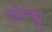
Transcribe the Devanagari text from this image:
टोन्यू